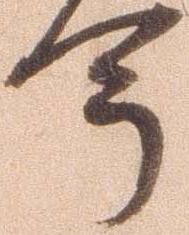
今